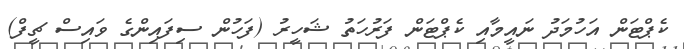
ކެޕްޓަން އަހުމަދު ނައީމާއި ކެޕްޓަން ފަރުހަތު ޝަހީރު (ފަހުން ސިފައިންގެ ވައިސް ޗީފް)